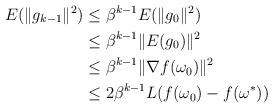
LaTeX: \begin{align*}\begin{aligned}E(\|g_{k-1}\|^2) &\leq \beta^{k-1}E(\|g_0\|^2)\\&\leq \beta^{k-1}\|E(g_0)\|^2\\&\leq \beta^{k-1}\|\nabla f(\omega_0)\|^2\\&\leq 2 \beta^{k-1}L(f(\omega_0)-f(\omega^*))\end{aligned}\end{align*}